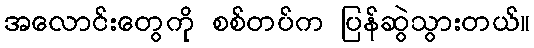
အလောင်းတွေကို စစ်တပ်က ပြန်ဆွဲသွားတယ်။